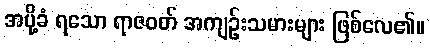
အပို့ခံ ရသော ရာဇဝတ် အကျဉ်းသမားများ ဖြစ်လေ၏။